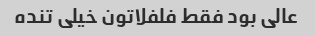
عالی بود فقط فلفلاتون خیلی تنده